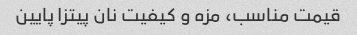
قیمت مناسب، مزه و کیفیت نان پیتزا پایین